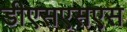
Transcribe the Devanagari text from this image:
डीएसएसएस